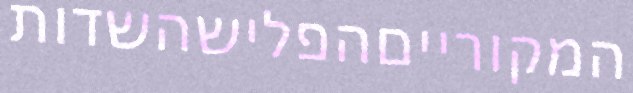
המקורייםהפלישהשדות